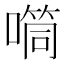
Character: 𪢉